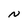
Character: N